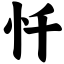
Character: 忏